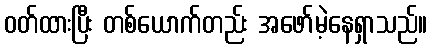
ဝတ်ထားပြီး တစ်ယောက်တည်း အဖော်မဲ့နေရှာသည်။